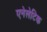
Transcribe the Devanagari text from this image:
एनेलेटिक